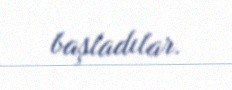
başladılar.